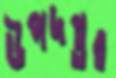
উপদপ্তর